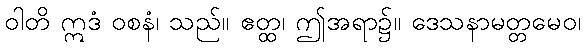
ဝါတိ ဣဒံ ဝစနံ၊ သည်။ ဧတ္ထ၊ ဤအရာ၌။ ဒေသနာမတ္တမေဝ၊